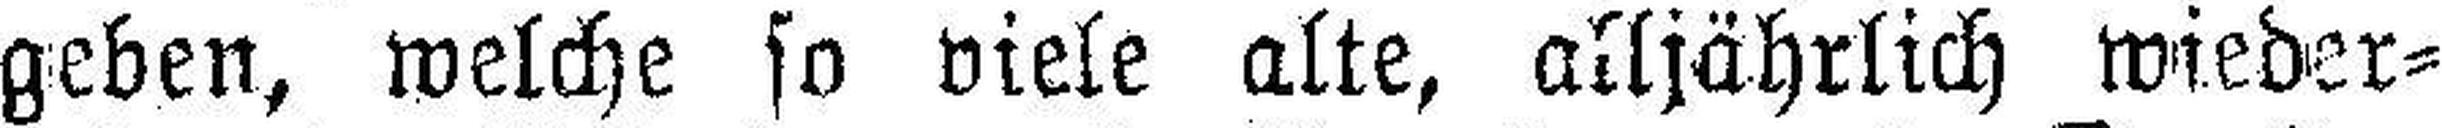
geben, welche so viele alte, alljährlich wieder¬